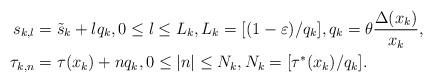
LaTeX: \begin{align*}s_{k,l} &= \tilde s_k + lq_k,0\le l\le L_k, L_k = [(1-\varepsilon)/ q_k],q_k = \theta \frac{\Delta(x_k)}{x_k},\\\tau_{k,n} &= \tau(x_k)+ nq_k, 0\le |n| \le N_k,N_k = [\tau^*(x_k)/q_k].\end{align*}